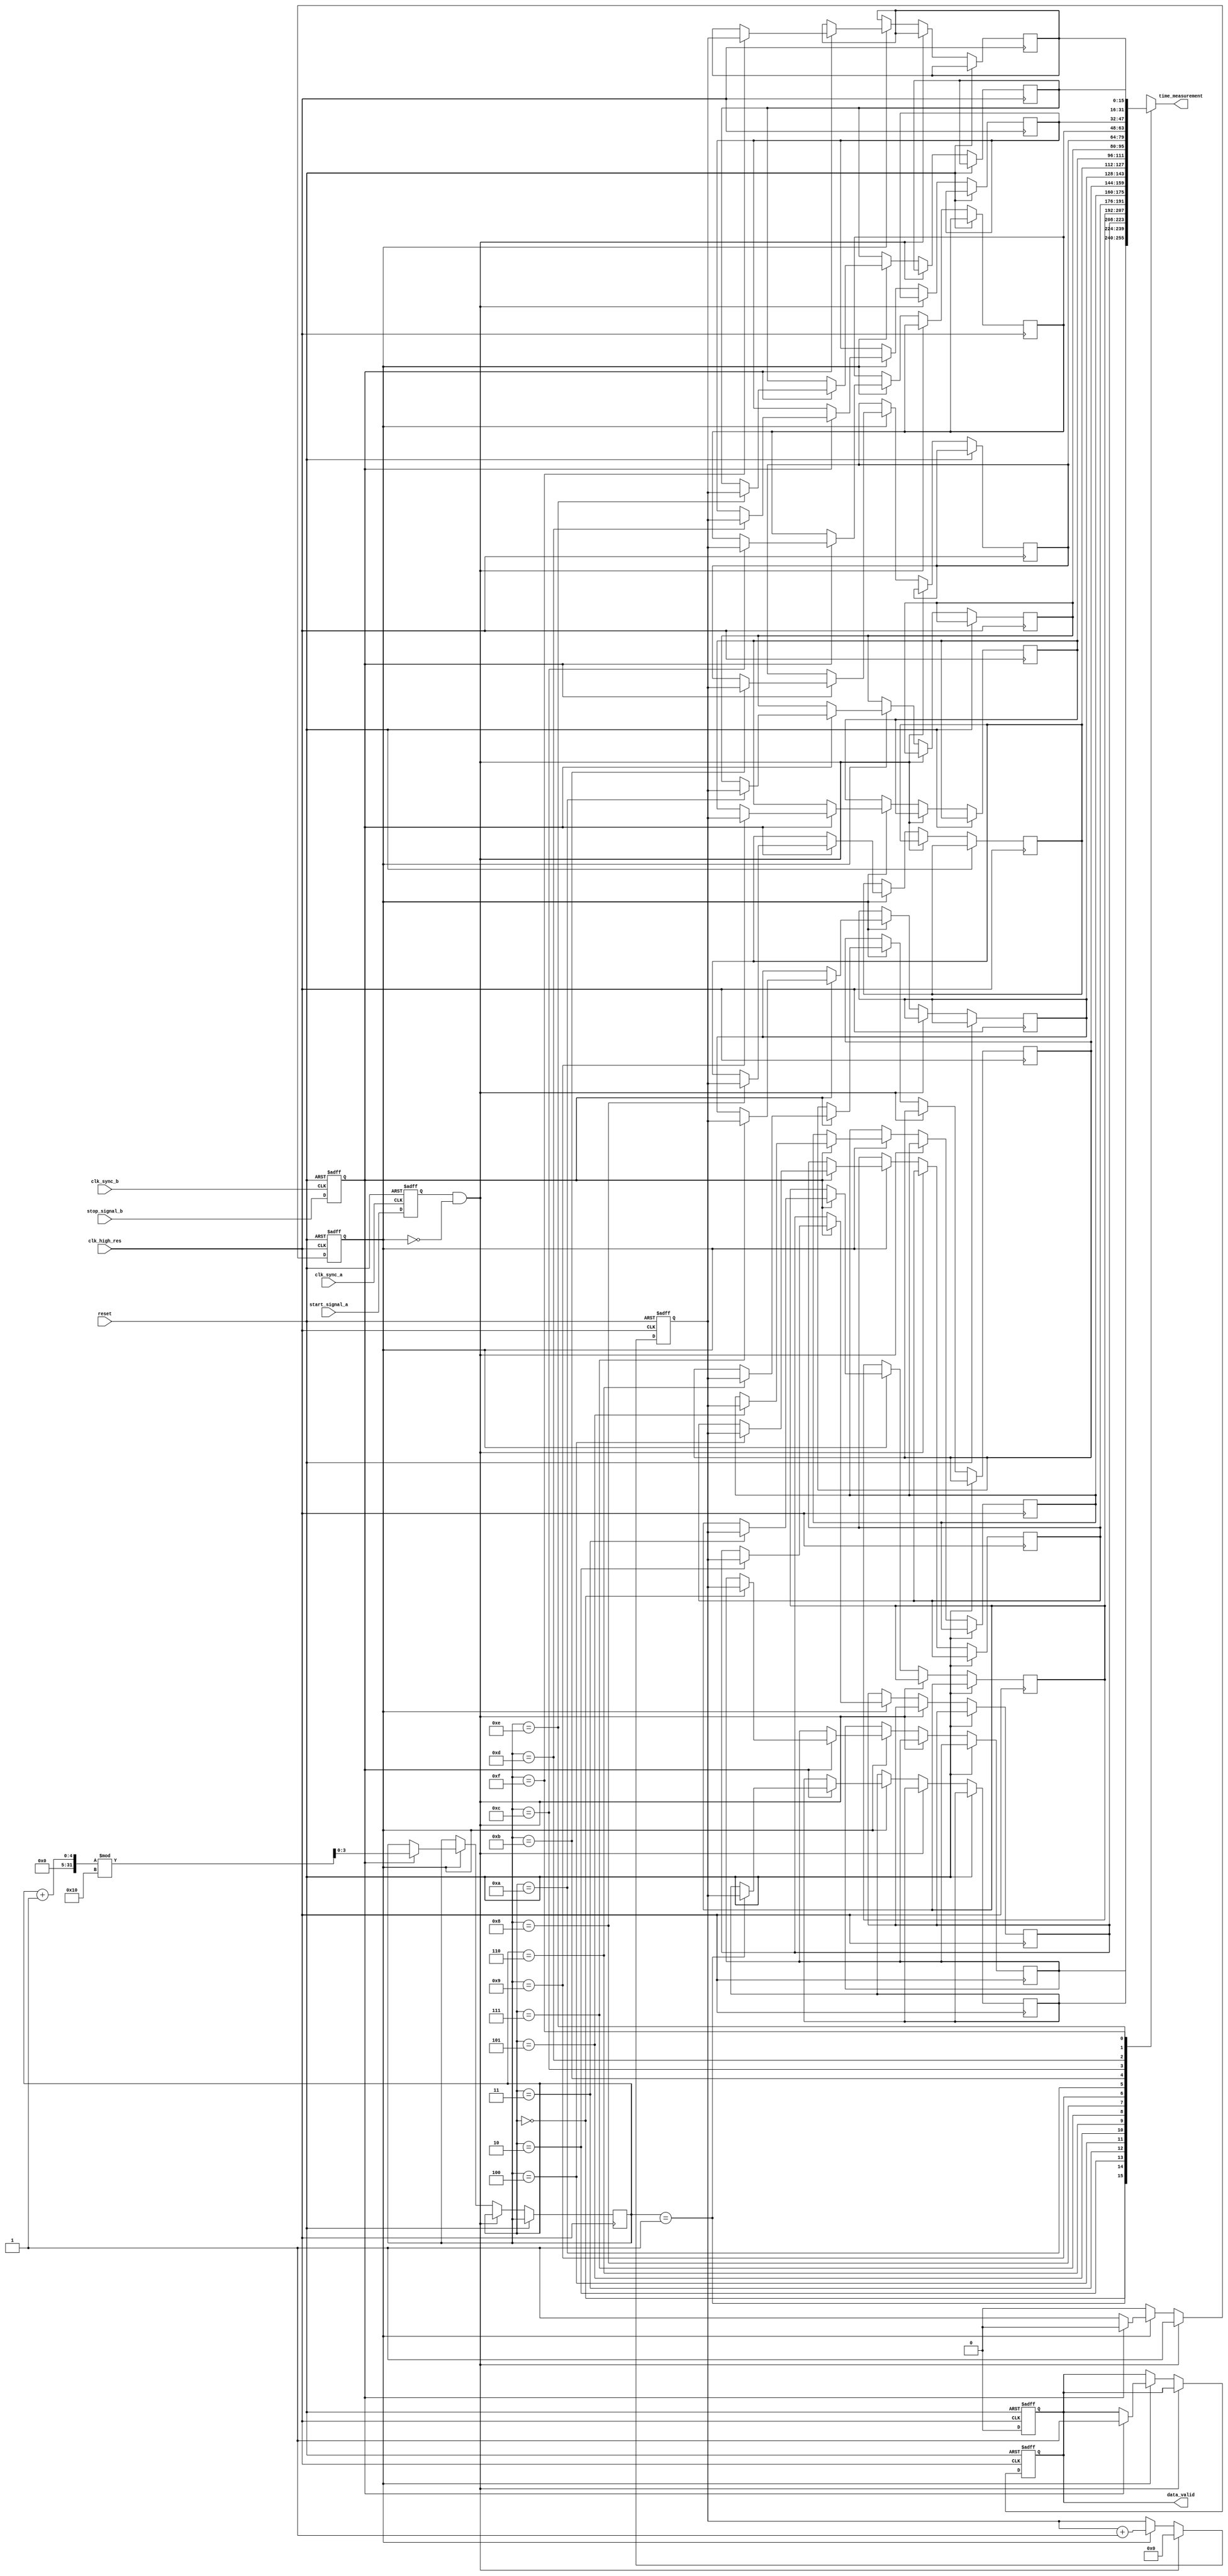
module MultiDomainTDC (
    input wire clk_high_res,        // High-resolution clock
    input wire clk_sync_a,          // Clock for domain A
    input wire clk_sync_b,          // Clock for domain B
    input wire start_signal_a,      // Start signal from domain A
    input wire stop_signal_b,       // Stop signal from domain B
    input wire reset,               // Reset signal
    output wire [15:0] time_measurement, // Measured time output
    output wire data_valid          // Data valid signal
);

// Parameters
parameter MEMORY_DEPTH = 16;      // Depth of the memory block
parameter TIME_RESOLUTION = 16;    // Number of bits for time measurement

// Internal signals
reg [TIME_RESOLUTION-1:0] counter;
reg [TIME_RESOLUTION-1:0] memory [0:MEMORY_DEPTH-1];
reg [3:0] write_pointer;
reg measuring;
reg data_valid_reg;

// Synchronization signals
reg start_sync_a, stop_sync_b;

// Synchronization logic
always @(posedge clk_sync_a or posedge reset) begin
    if (reset) begin
        start_sync_a <= 0;
    end else begin
        start_sync_a <= start_signal_a;
    end
end

always @(posedge clk_sync_b or posedge reset) begin
    if (reset) begin
        stop_sync_b <= 0;
    end else begin
        stop_sync_b <= stop_signal_b;
    end
end

// Time Measurement Unit
always @(posedge clk_high_res or posedge reset) begin
    if (reset) begin
        counter <= 0;
        measuring <= 0;
        data_valid_reg <= 0;
    end else if (start_sync_a && !measuring) begin
        measuring <= 1; // Start measuring
        counter <= 0; // Reset counter
    end else if (measuring) begin
        counter <= counter + 1; // Increment counter
        if (stop_sync_b) begin
            measuring <= 0; // Stop measuring
            memory[write_pointer] <= counter; // Store measurement
            write_pointer <= (write_pointer + 1) % MEMORY_DEPTH; // Circular buffer
            data_valid_reg <= 1; // Indicate data is valid
        end
    end
end

// Output assignment
assign time_measurement = memory[write_pointer]; // Read the last stored measurement
assign data_valid = data_valid_reg;

// Clear data valid signal
always @(posedge clk_high_res or posedge reset) begin
    if (reset) begin
        data_valid_reg <= 0;
    end else if (data_valid_reg) begin
        data_valid_reg <= 0; // Clear data valid after reading
    end
end

endmodule